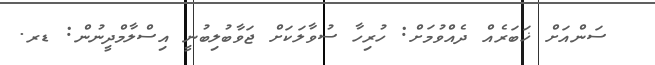
ސަންއަށް ޚަބަރެއް ދެއްވުމަށް: ހުރިހާ ސުވާލަކަށް ޖަވާބުލިބުނީ އިސްލާމްދީނުން: ޑރ.